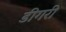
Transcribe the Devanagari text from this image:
डीगरी